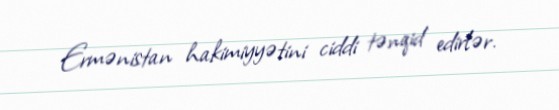
Ermənistan hakimiyyətini ciddi tənqid edirlər.